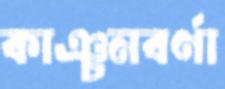
কাঞ্চনবর্ণা